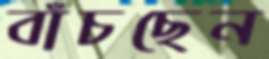
বাঁচছেন